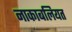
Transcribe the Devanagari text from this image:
नाकाबलियत